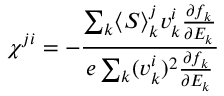
\chi ^ { j i } = - \frac { \sum _ { \boldsymbol { k } } \langle \boldsymbol { S } \rangle _ { \boldsymbol { k } } ^ { j } \boldsymbol { v } _ { \boldsymbol { k } } ^ { i } \frac { \partial f _ { \boldsymbol { k } } } { \partial E _ { \boldsymbol { k } } } } { e \sum _ { \boldsymbol { k } } ( \boldsymbol { v } _ { \boldsymbol { k } } ^ { i } ) ^ { 2 } \frac { \partial f _ { \boldsymbol { k } } } { \partial E _ { \boldsymbol { k } } } }